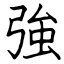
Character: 強